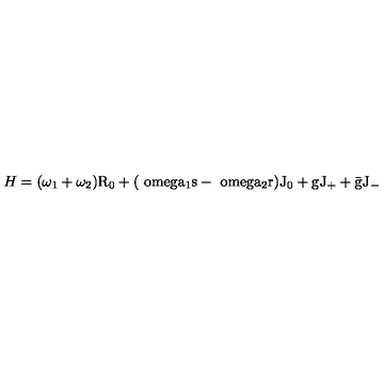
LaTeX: H = ( \omega _ { 1 } + \omega _ { 2 } ) \mathrm { R _ { 0 } + ( \ o m e g a _ { 1 } s - \ o m e g a _ { 2 } r ) \mathrm { J _ { 0 } + g \mathrm { J _ { + } + \bar { g } \mathrm { J _ { - } } } } }